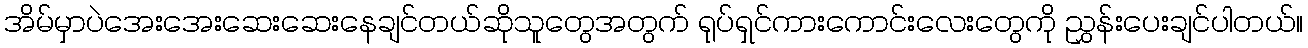
အိမ်မှာပဲအေးအေးဆေးဆေးနေချင်တယ်ဆိုသူတွေအတွက် ရုပ်ရှင်ကားကောင်းလေးတွေကို ညွှန်းပေးချင်ပါတယ်။